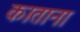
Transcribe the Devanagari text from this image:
काताना